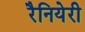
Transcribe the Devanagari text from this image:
रैनियेरी